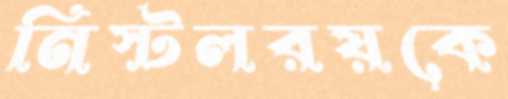
নিস্টলরয়কে